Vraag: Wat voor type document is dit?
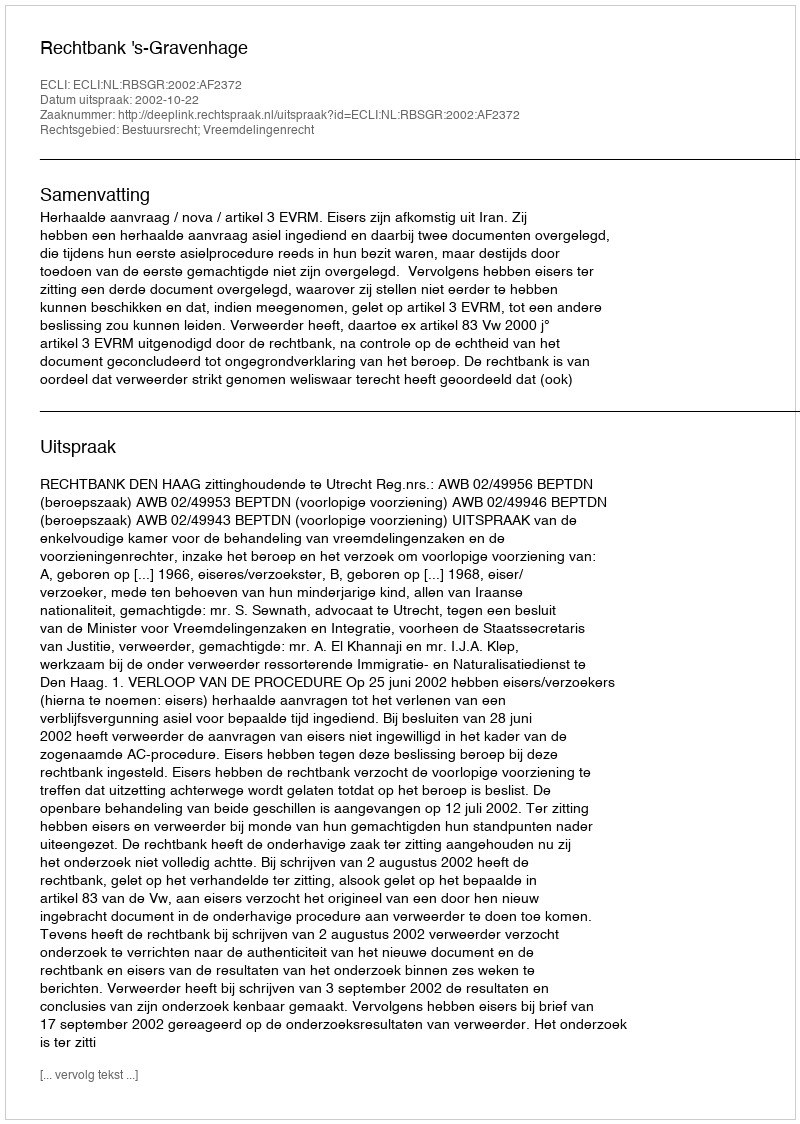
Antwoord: Uitspraak